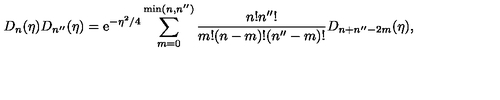
D _ { n } ( \eta ) D _ { n ^ { \prime \prime } } ( \eta ) = \mathrm { e } ^ { - \eta ^ { 2 } / 4 } \sum _ { m = 0 } ^ { \mathrm { m i n } ( n , n ^ { \prime \prime } ) } \frac { n ! n ^ { \prime \prime } ! } { m ! ( n - m ) ! ( n ^ { \prime \prime } - m ) ! } D _ { n + n ^ { \prime \prime } - 2 m } ( \eta ) ,